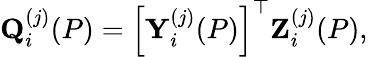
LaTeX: \mathbf{Q}_{i}^{(j)}(P)=\left[\mathbf{Y}_{i}^{(j)}(P)\right]^{\top}\mathbf{Z}_{i}^{(j)}(P),